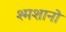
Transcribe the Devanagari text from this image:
श्मशानो